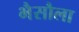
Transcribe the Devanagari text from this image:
भैसौला